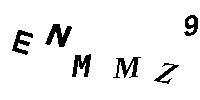
ENMMZ9